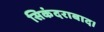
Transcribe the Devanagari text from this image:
सिकंदराबाद।